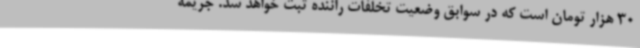
30 هزار تومان است که در سوابق وضعیت تخلفات راننده ثبت خواهد شد. جریمه